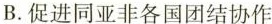
B.促进同亚非各国团结协作